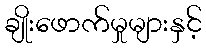
ချိုးဖောက်မှုများနှင့်